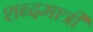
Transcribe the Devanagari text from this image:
शब्दमात्री